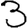
Digit: 3